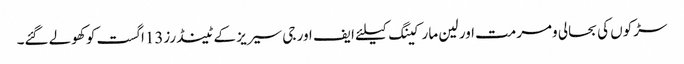
سڑکوں کی بحالی ومرمت اور لین مارکینگ کیلئے ایف اور جی سیریز کے ٹینڈرز13اگست کو کھولے گئے۔